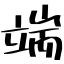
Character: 端